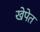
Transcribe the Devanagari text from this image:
खेपेत